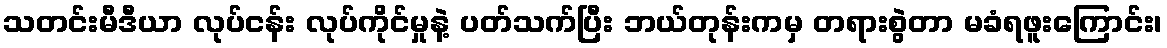
သတင်းမီဒီယာ လုပ်ငန်း လုပ်ကိုင်မှုနဲ့ ပတ်သက်ပြီး ဘယ်တုန်းကမှ တရားစွဲတာ မခံရဖူးကြောင်း၊